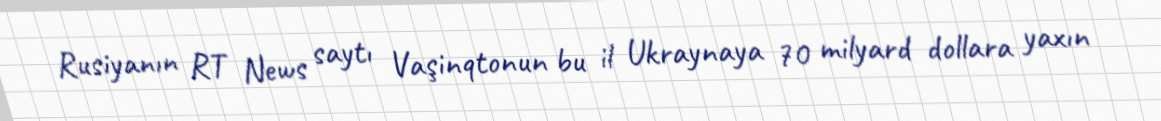
Rusiyanın RT News saytı Vaşinqtonun bu il Ukraynaya 70 milyard dollara yaxın